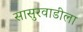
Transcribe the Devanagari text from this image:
सासुरवाडीला